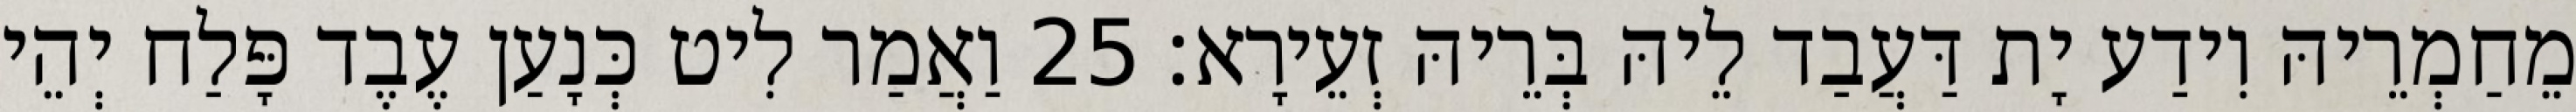
מֵחַמְרֵיהּ וִידַע יָת דַּעֲבַד לֵיהּ בְּרֵיהּ זְעֵירָא׃ 25 וַאֲמַר לִיט כְּנָעַן עֶבֶד פָּלַח יְהֵי